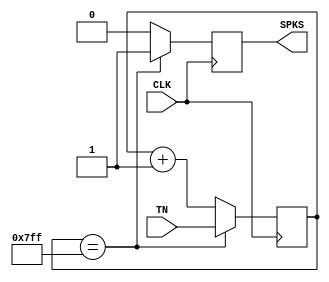
module SPKER(CLK,TN,SPKS);
input CLK;
input[10:0] TN;
output SPKS;
reg SPKS;reg[10:0] CNT11;
always@(posedge CLK)  begin: CNT11B_LOAD
if(CNT11==11'h7FF) begin CNT11=TN; SPKS<=1'b1; end
else begin CNT11=CNT11+1; SPKS<=1'b0; end
end
endmodule